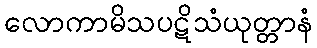
လောကာမိသပဋိသံယုတ္တာနံ